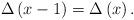
LaTeX: \begin{align*}\Delta\left(x-1\right)=\Delta\left(x\right).\end{align*}